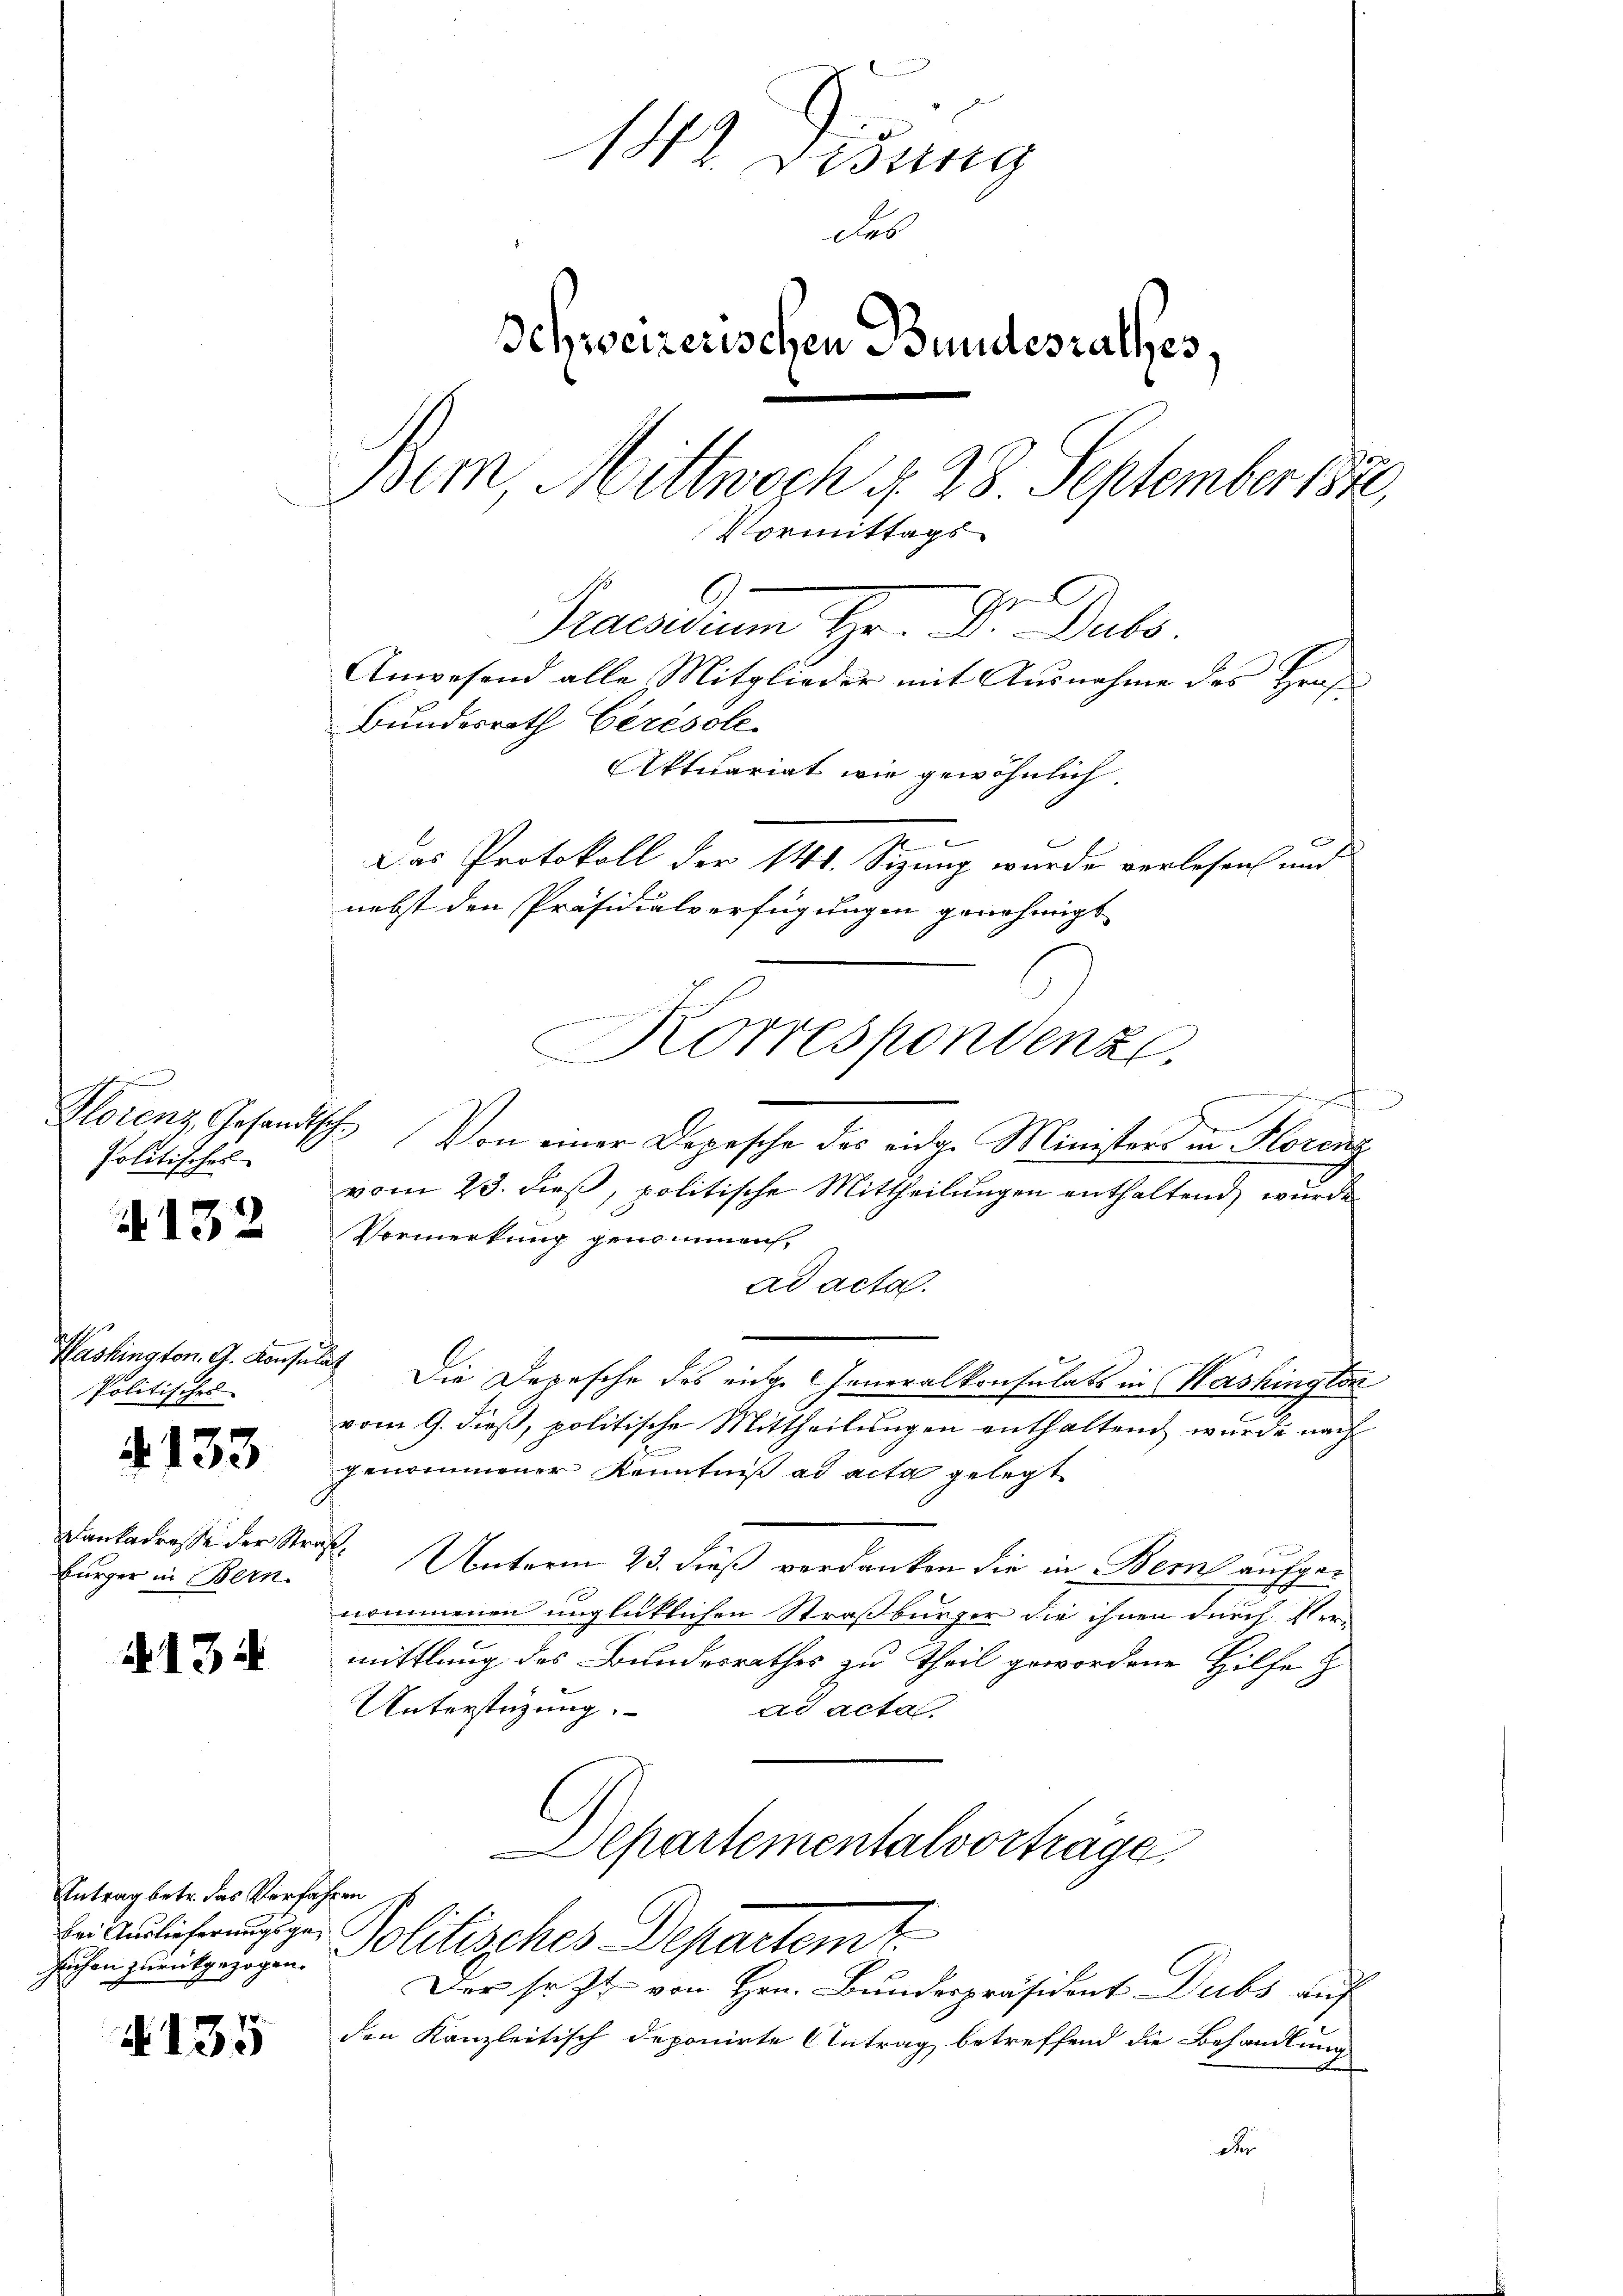
Politisches

132

Politisches

4133

4134

4135

Bürger in Bern.

142. Disung
des
Schweizerischen Bundesrathes.
Bem, Mittwoch §. 28. September 1850,
Vormittags
Praedium Hr. Dr. Jul.
Anwesend alle Mitglieder mit Ausnahme des Hraf¬
Bundesrath Ceresole.

Antrag betr. das Vorfahren
suchen zurückgezogen.

Aktuariat wie gewöhnlich.
2
Das Protokoll der 141. Sizung wurde verlesen und
nebst den Präsidialverfügungen genehmigt
i
n
Florenz Gesandtsch. Von einer Depesche des eidg. Ministers in Florenz
vom 23. dieß, politische Mittheilungen enthaltend, wurde
Vormerkung genommen,
ad acta.
Washington. G. Konsulat Die Depesche des eige Generalkonsulats in Washington
vom 9. dieß, politische Mittheilungen enthaltend wurde nach
genommener Kenntniß ad acta gelegt
e
Dankadrosse der Straß Unterm 23. dieß verdanken die in Bern aufgenommenen unglücklichen Straßburger die ihnen durch Ver-
mittlung des Bundesrathes zu Theil gewordene Hilfe z
Unterstüzung.
ad acta
Departementalvorträge.
Bei Auslichengger Politisches Departemt
Der sr. Zt. von Hrn. Bundespräsident Dubs auf
den Kanzleitisch deponirte Antrag betreffend die Behandlung
d

Korrespondenz